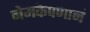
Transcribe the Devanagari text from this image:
नेमकेपणानं